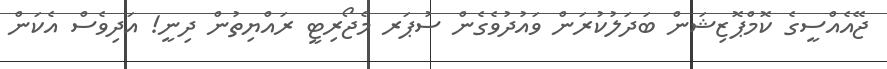
ޖޭއެއްސީގެ ކޮމްޕޮޒިޝަން ބަދަލުކުރަން ވައުދުވެގެން ސުޕަރ މެޖޯރިޓީ ރައްޔިތުން ދިނީ! އަދިވެސް އެކަން